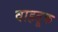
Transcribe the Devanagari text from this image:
वाहतू़क